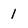
Character: 1